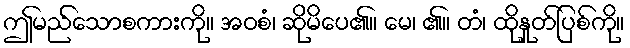
ဤမည်သောစကားကို။ အဝစံ၊ ဆိုမိပေ၏။ မေ၊ ၏။ တံ၊ ထိုနှုတ်ပြစ်ကို။